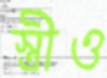
স্ত্রীও